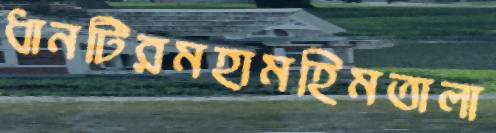
ধানটিরমহামহিমতালা